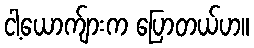
ငါ့ယောက်ျားက ပြောတယ်ဟ။